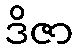
ဒိဇာ